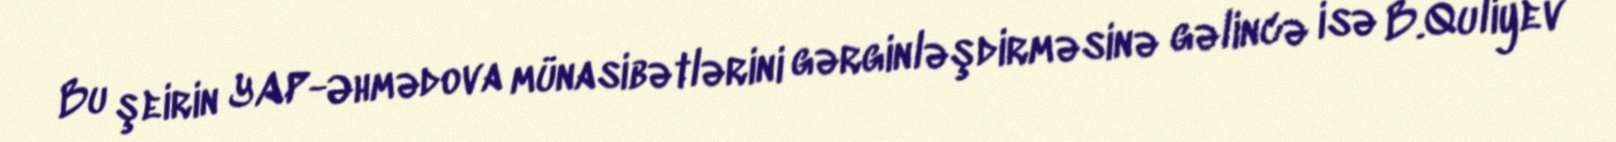
Bu şeirin YAP-Əhmədova münasibətlərini gərginləşdirməsinə gəlincə isə B.Quliyev